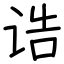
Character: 诰